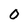
Character: 0